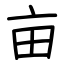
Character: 亩